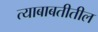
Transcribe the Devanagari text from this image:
त्‍याबाबतीतील